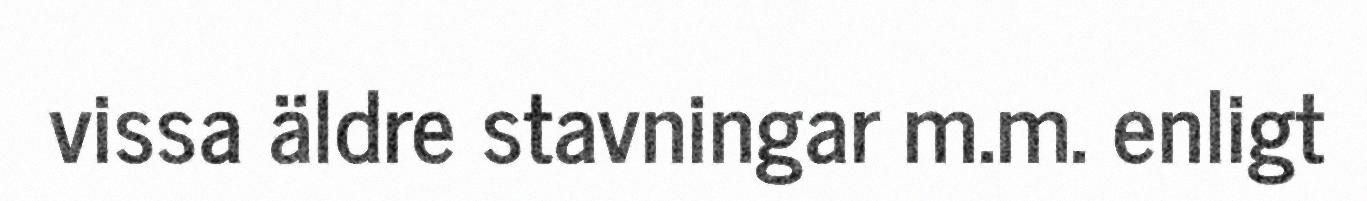
vissa äldre stavningar m.m. enligt